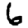
Digit: 6